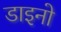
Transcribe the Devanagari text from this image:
डाइनो